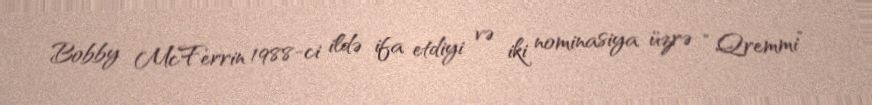
Bobby McFerrin 1988-ci ildə ifa etdiyi və iki nominasiya üzrə “Qremmi”